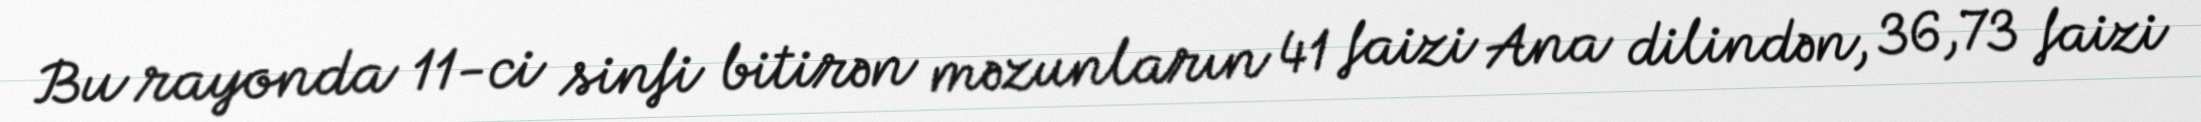
Bu rayonda 11-ci sinfi bitirən məzunların 41 faizi Ana dilindən, 36,73 faizi